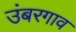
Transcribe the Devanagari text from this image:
उंबरगाव